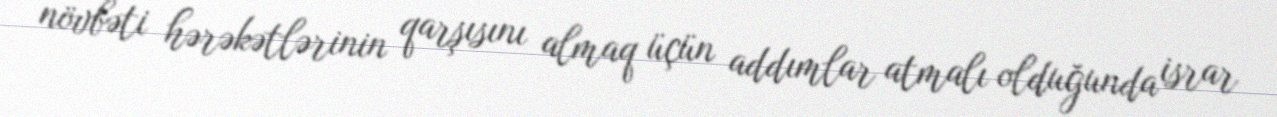
növbəti hərəkətlərinin qarşısını almaq üçün addımlar atmalı olduğunda israr